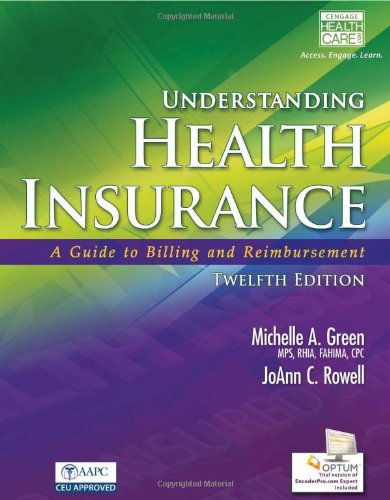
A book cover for Understanding Health Insurance: A Guide to Billing and Reimbursement (with Premium Website, 2 terms (12 months) Printed Access Card for Cengage EncoderPro.com Demo Printed Access Card); Michelle A. Green; Medical Books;